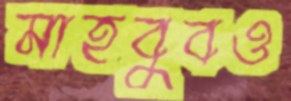
মাহবুবও